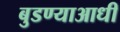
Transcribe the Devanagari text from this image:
बुडण्याआधी